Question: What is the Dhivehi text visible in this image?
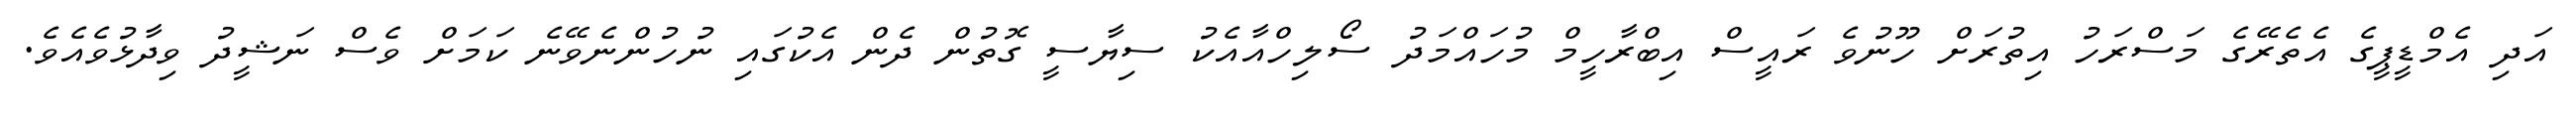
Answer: އަދި އެމްޑީޕީގެ އެތެރޭގެ މަސްރަހު އިތުރަށް ހޫނުވެ ރައީސް އިބްރާހީމް މުހައްމަދު ސޯލިހްއާއެކު ސިޔާސީ ގޮތުން ދެން އެކުގައި ނުހުންނެވޭނެ ކަމަށް ވެސް ނަޝީދު ވިދާޅުވެއެވެ.